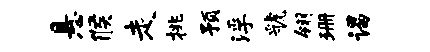
悬候走挑预浮虢翎珊谒